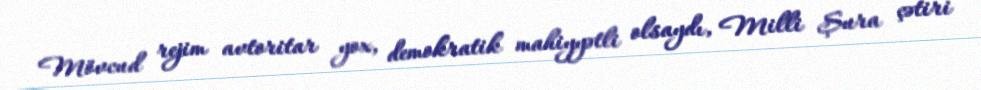
Mövcud rejim avtoritar yox, demokratik mahiyyətli olsaydı, Milli Şura çətiri